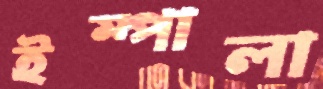
ইম্পালা